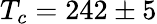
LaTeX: T_{c}=242\pm 5